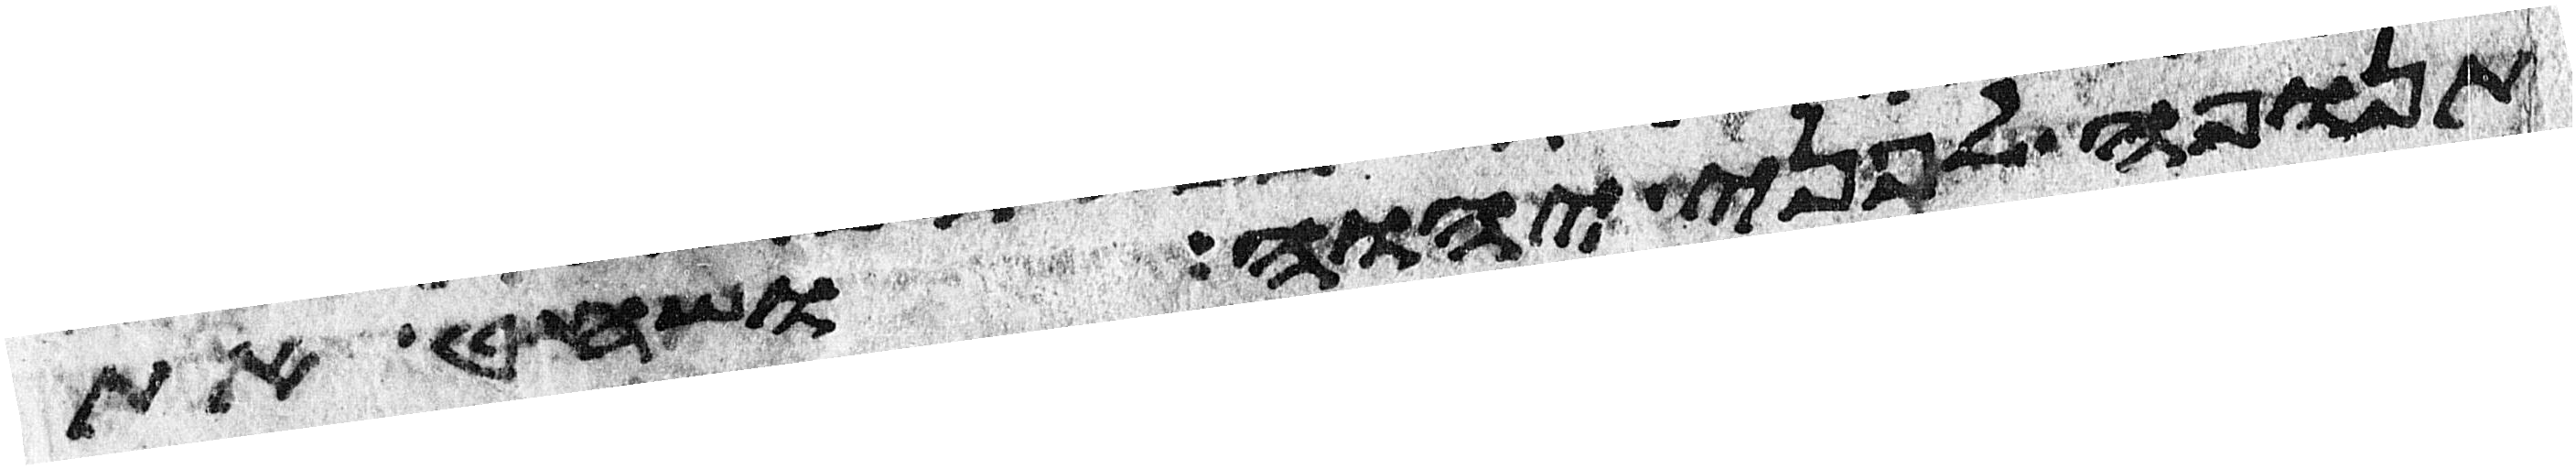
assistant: תנופה לפני יהוה ושחט את